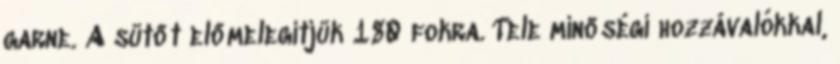
garne. A sütőt előmelegítjük 180 fokra. Tele minőségi hozzávalókkal,